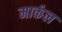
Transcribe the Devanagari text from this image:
मार्कल